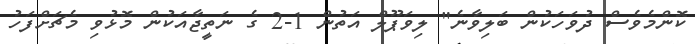
ކޮންމެވެސް ދުވަހަކުން ބަލިވާނެ" ލިވަޕޫލް އަތުން 1-2 ގެ ނަތީޖާއަކުން މޮޅުވި މެޗަށްފަހު